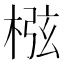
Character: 㭹